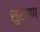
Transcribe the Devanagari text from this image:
सुरगण